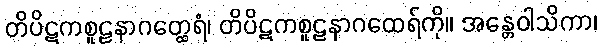
တိပိဋကစူဠနာဂတ္ထေရံ၊ တိပိဋကစူဠနာဂထေရ်ကို။ အန္တေဝါသိကာ၊